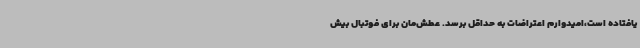
یافتاده است،امیدوارم اعتراضات به حداقل برسد. عطش‌مان برای فوتبال بیش